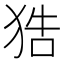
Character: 𤞺